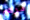
مرهم